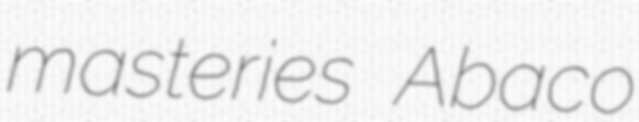
masteries Abaco